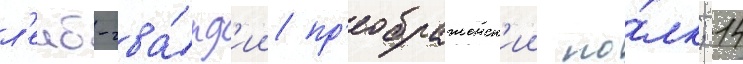
л'еиб-гва́рд'ии пр'еображенск'ии по́лк; 14